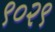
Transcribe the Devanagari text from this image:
९०२९